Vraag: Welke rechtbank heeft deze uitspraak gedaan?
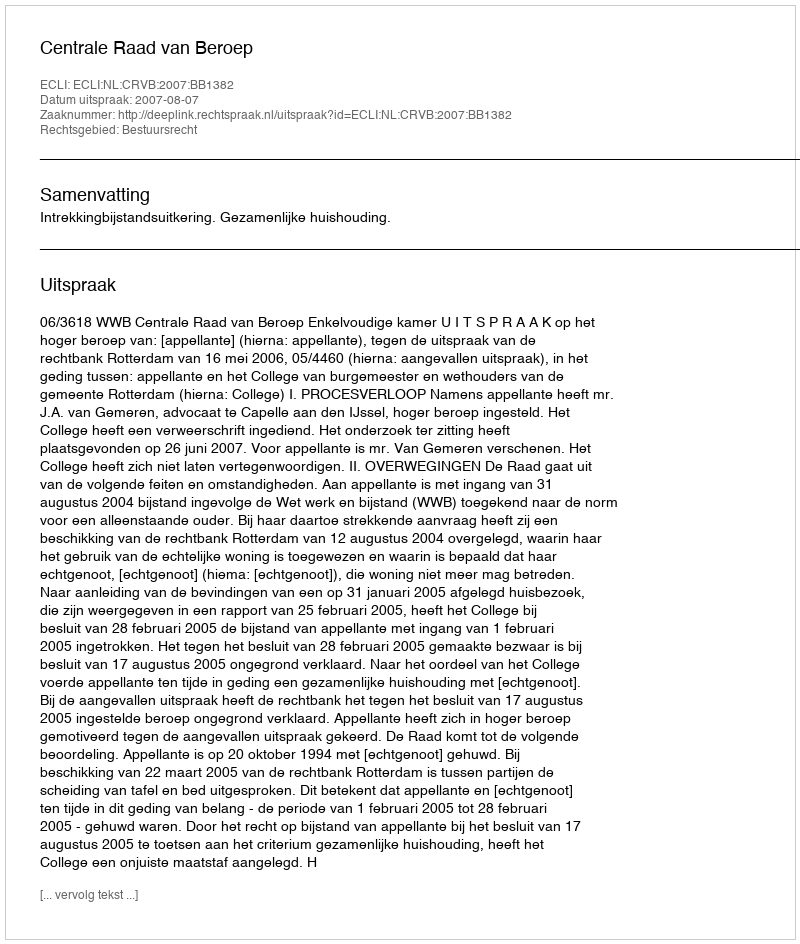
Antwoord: Centrale Raad van Beroep